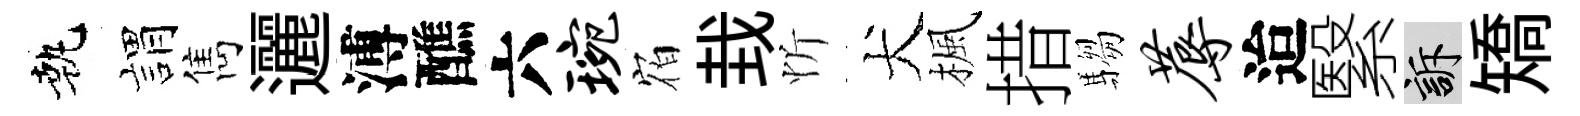
執娟雋邐溥醮六琬𪧐㘽忻犬楓措騶蓐迨繄訴矯